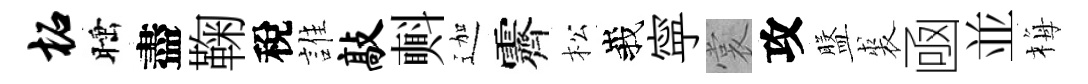
柘睡盡鞠稅誰敲㪺迦霽松峩寜裳攻盤裘凾並梅